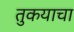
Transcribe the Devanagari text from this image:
तुकयाचा